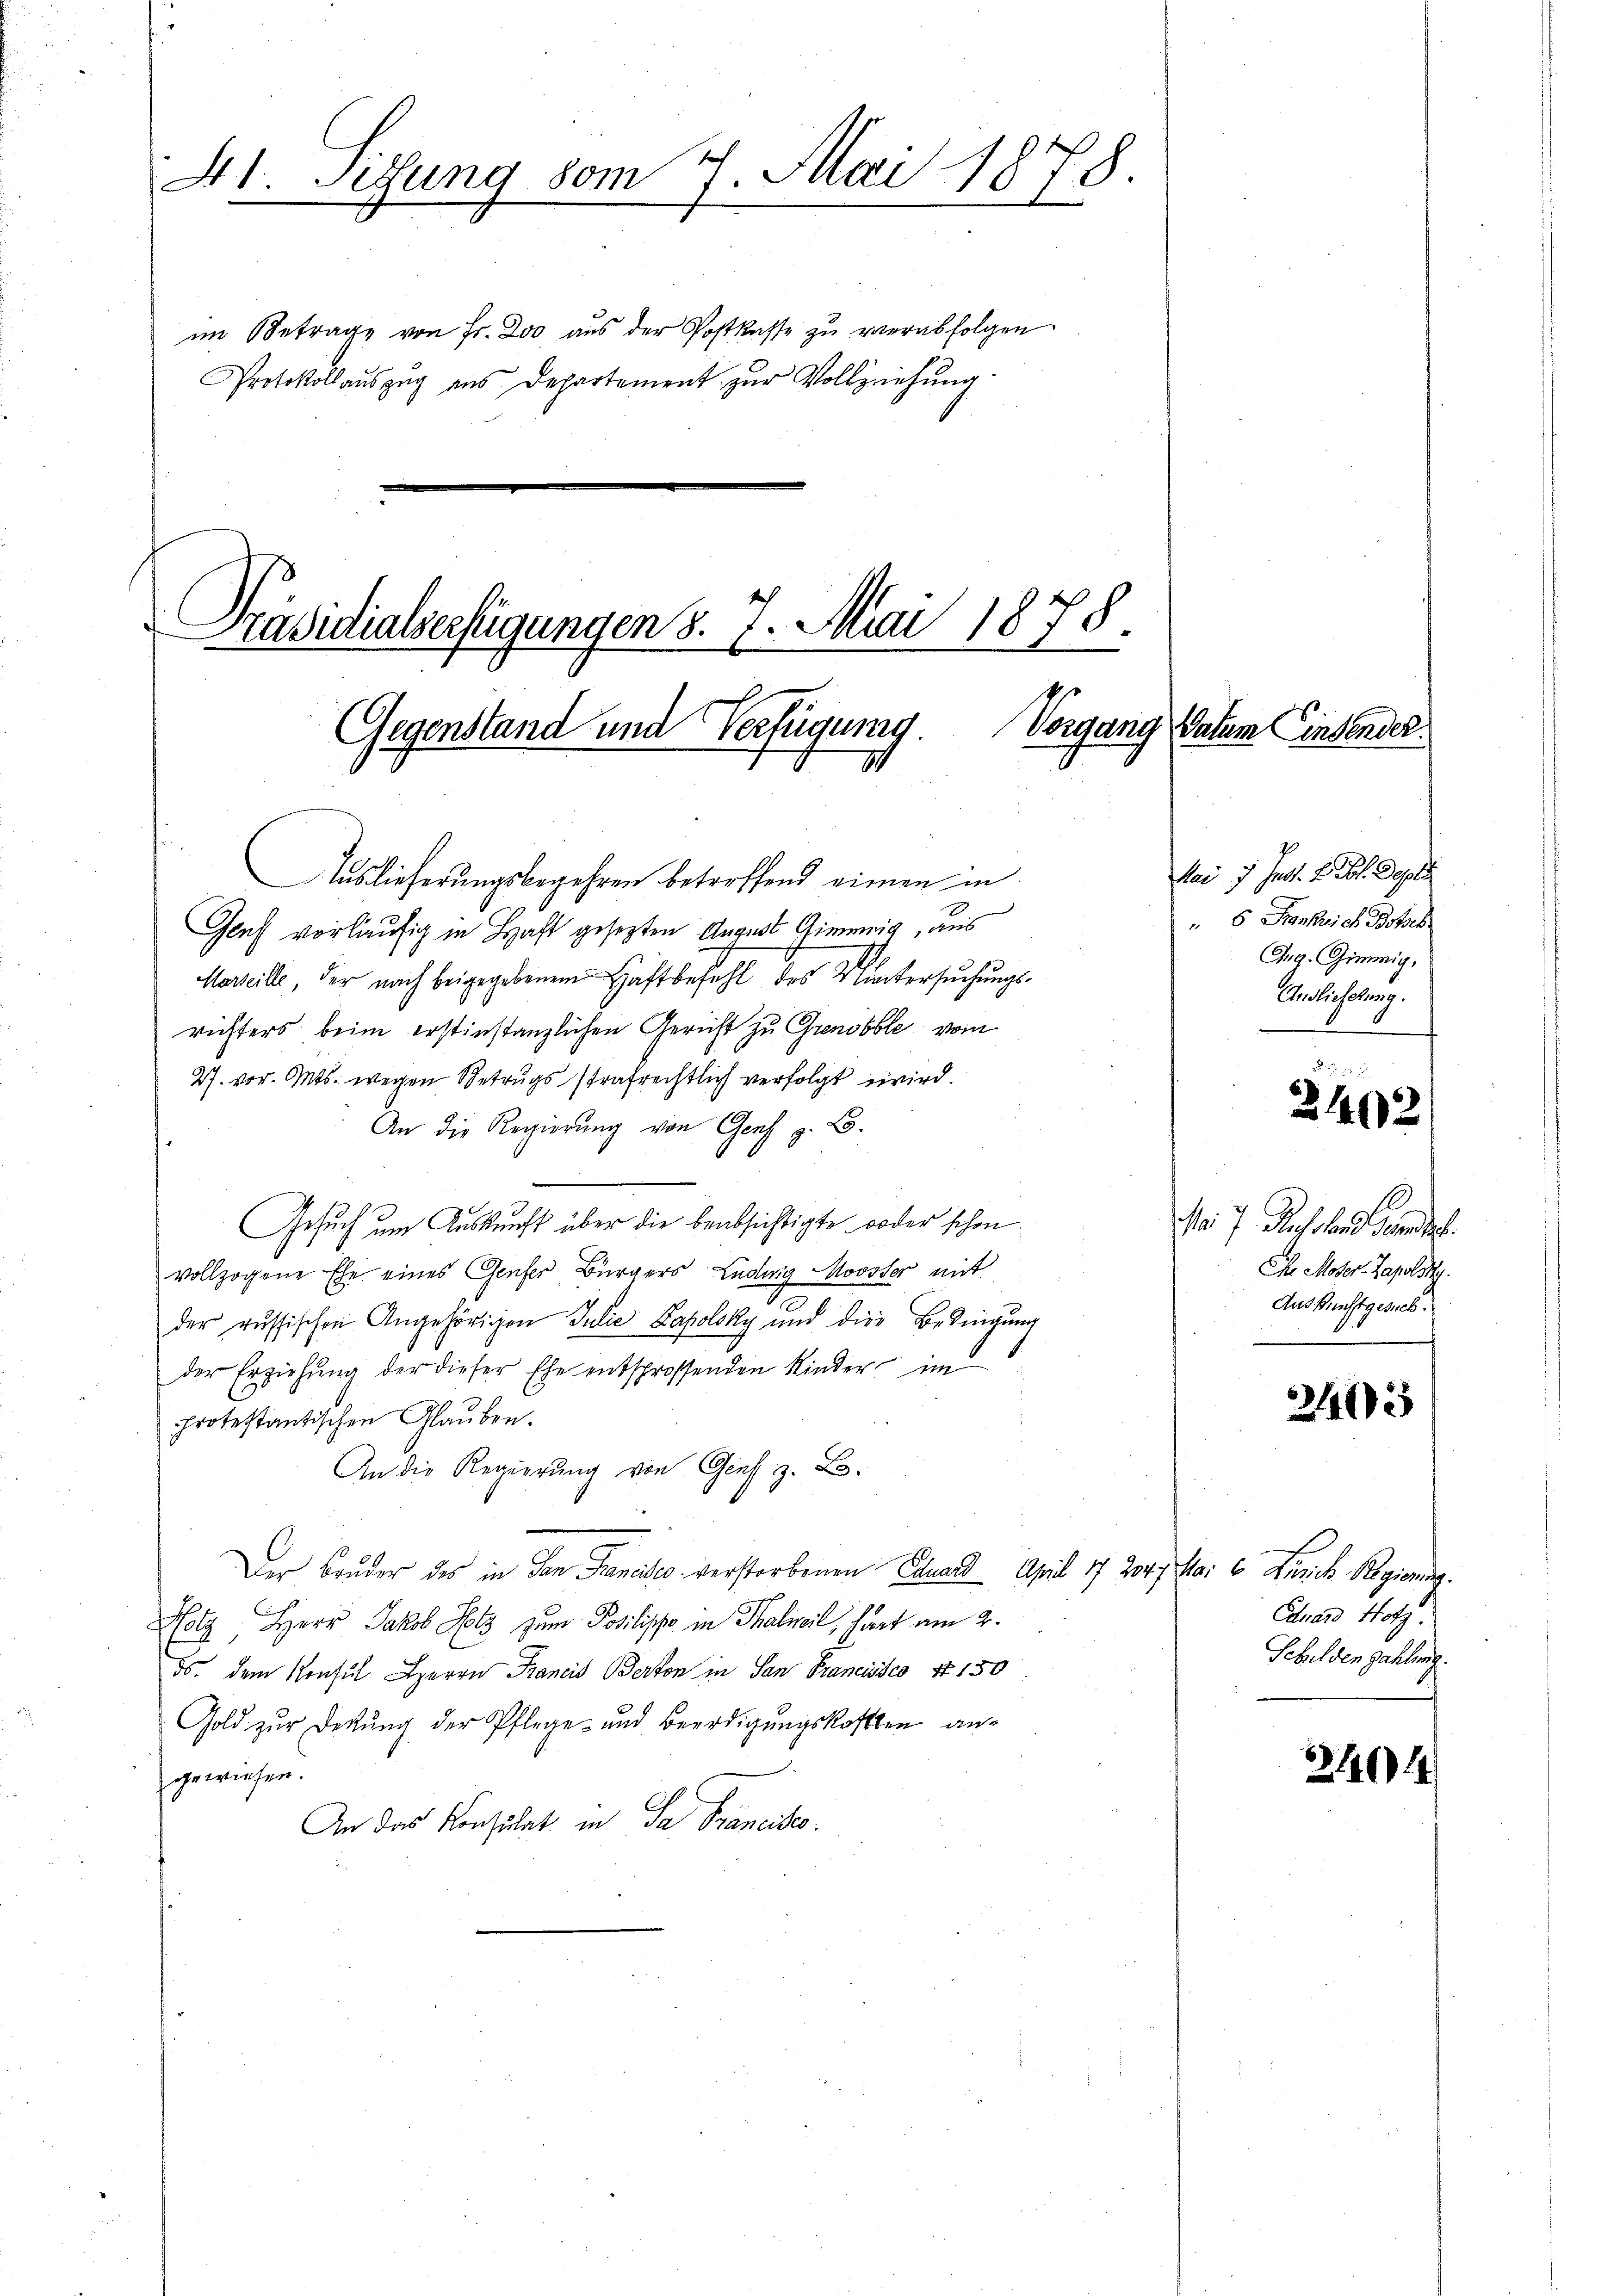
41. Setzung vom 7. Mai 1878.

im Betrage von Fr. 200 aus der Postkasse zu verabfolgen.
Protokollaŭszŭg ans Departement zŭr Vollziehung

Gegenstand und Verfügung.
31

Präsidialserfügungen d. 7. Mai 1878.

Auslieferungsbegehren betreffend einen in
Graf vorläufig in Haft gesezten August Gimmig, aus
Marseille, der nach beigegebenem Haftbefehl des Muntersŭchŭngs-
richters beim erstinstanzlichen Gericht zu Grenobble vom
27. vor. Mts. wegen Betrugs strafrechtlich verfolgt wird.
An die Regierung von Genf z. B.
Gesuch um Auskunft über die beabsichtigte oder schon
vollzogene Ehe eines Genfer Bürgers Ludwig Moosser mit
der russischen Angehörigen Julie Lapolsky und die Bedingung
der Erziehŭng der dieser Ehe entsprossenden Kinder im
protestantischen Glauben.
An die Regierung von Graf z. B.
Der Bruder des in San Francier verstorbenen Eduard April 17. 204. Mai v. Zürich Regierung.
Holz, Herr Jakob Holz zum Posilipp in Thalweil, hart am 2.
ds. dem Konsul Herrn Francis Berton in San Francisco 47 150
Gold zur Destŭng der Pflege und Beerdigŭngskosten an-
gewiesen.
An das Konsulat in da Brancisco

Vorgang Datum Einsender

Mai 7. Jad. 2. Joh. Gesell
6 Frankreich Botsch
Gg. Gimmig,
Andlichtung.
G

2402

Nr 7. Russland sein.
Che Moser-Zapolsky.
Aus Kunstgesich.

3402

Einand Hotz.
Schulden zahlung.

3404